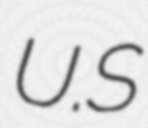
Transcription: U.S